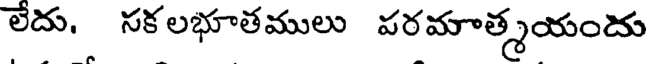
లేదు. సకలభూతములు పరమాత్మయందు